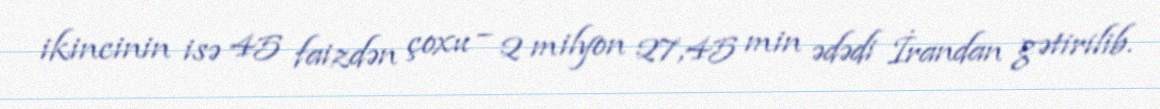
ikincinin isə 45 faizdən çoxu – 2 milyon 27,45 min ədədi İrandan gətirilib.